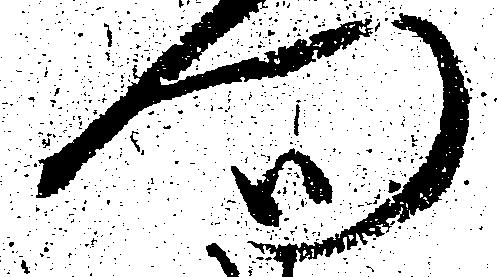
門